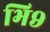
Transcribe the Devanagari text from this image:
भि९